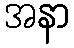
အနာ